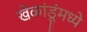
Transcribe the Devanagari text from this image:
खेळांडूंमध्ये